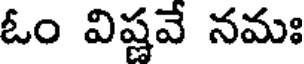
ఓం విష్ణవే నమః